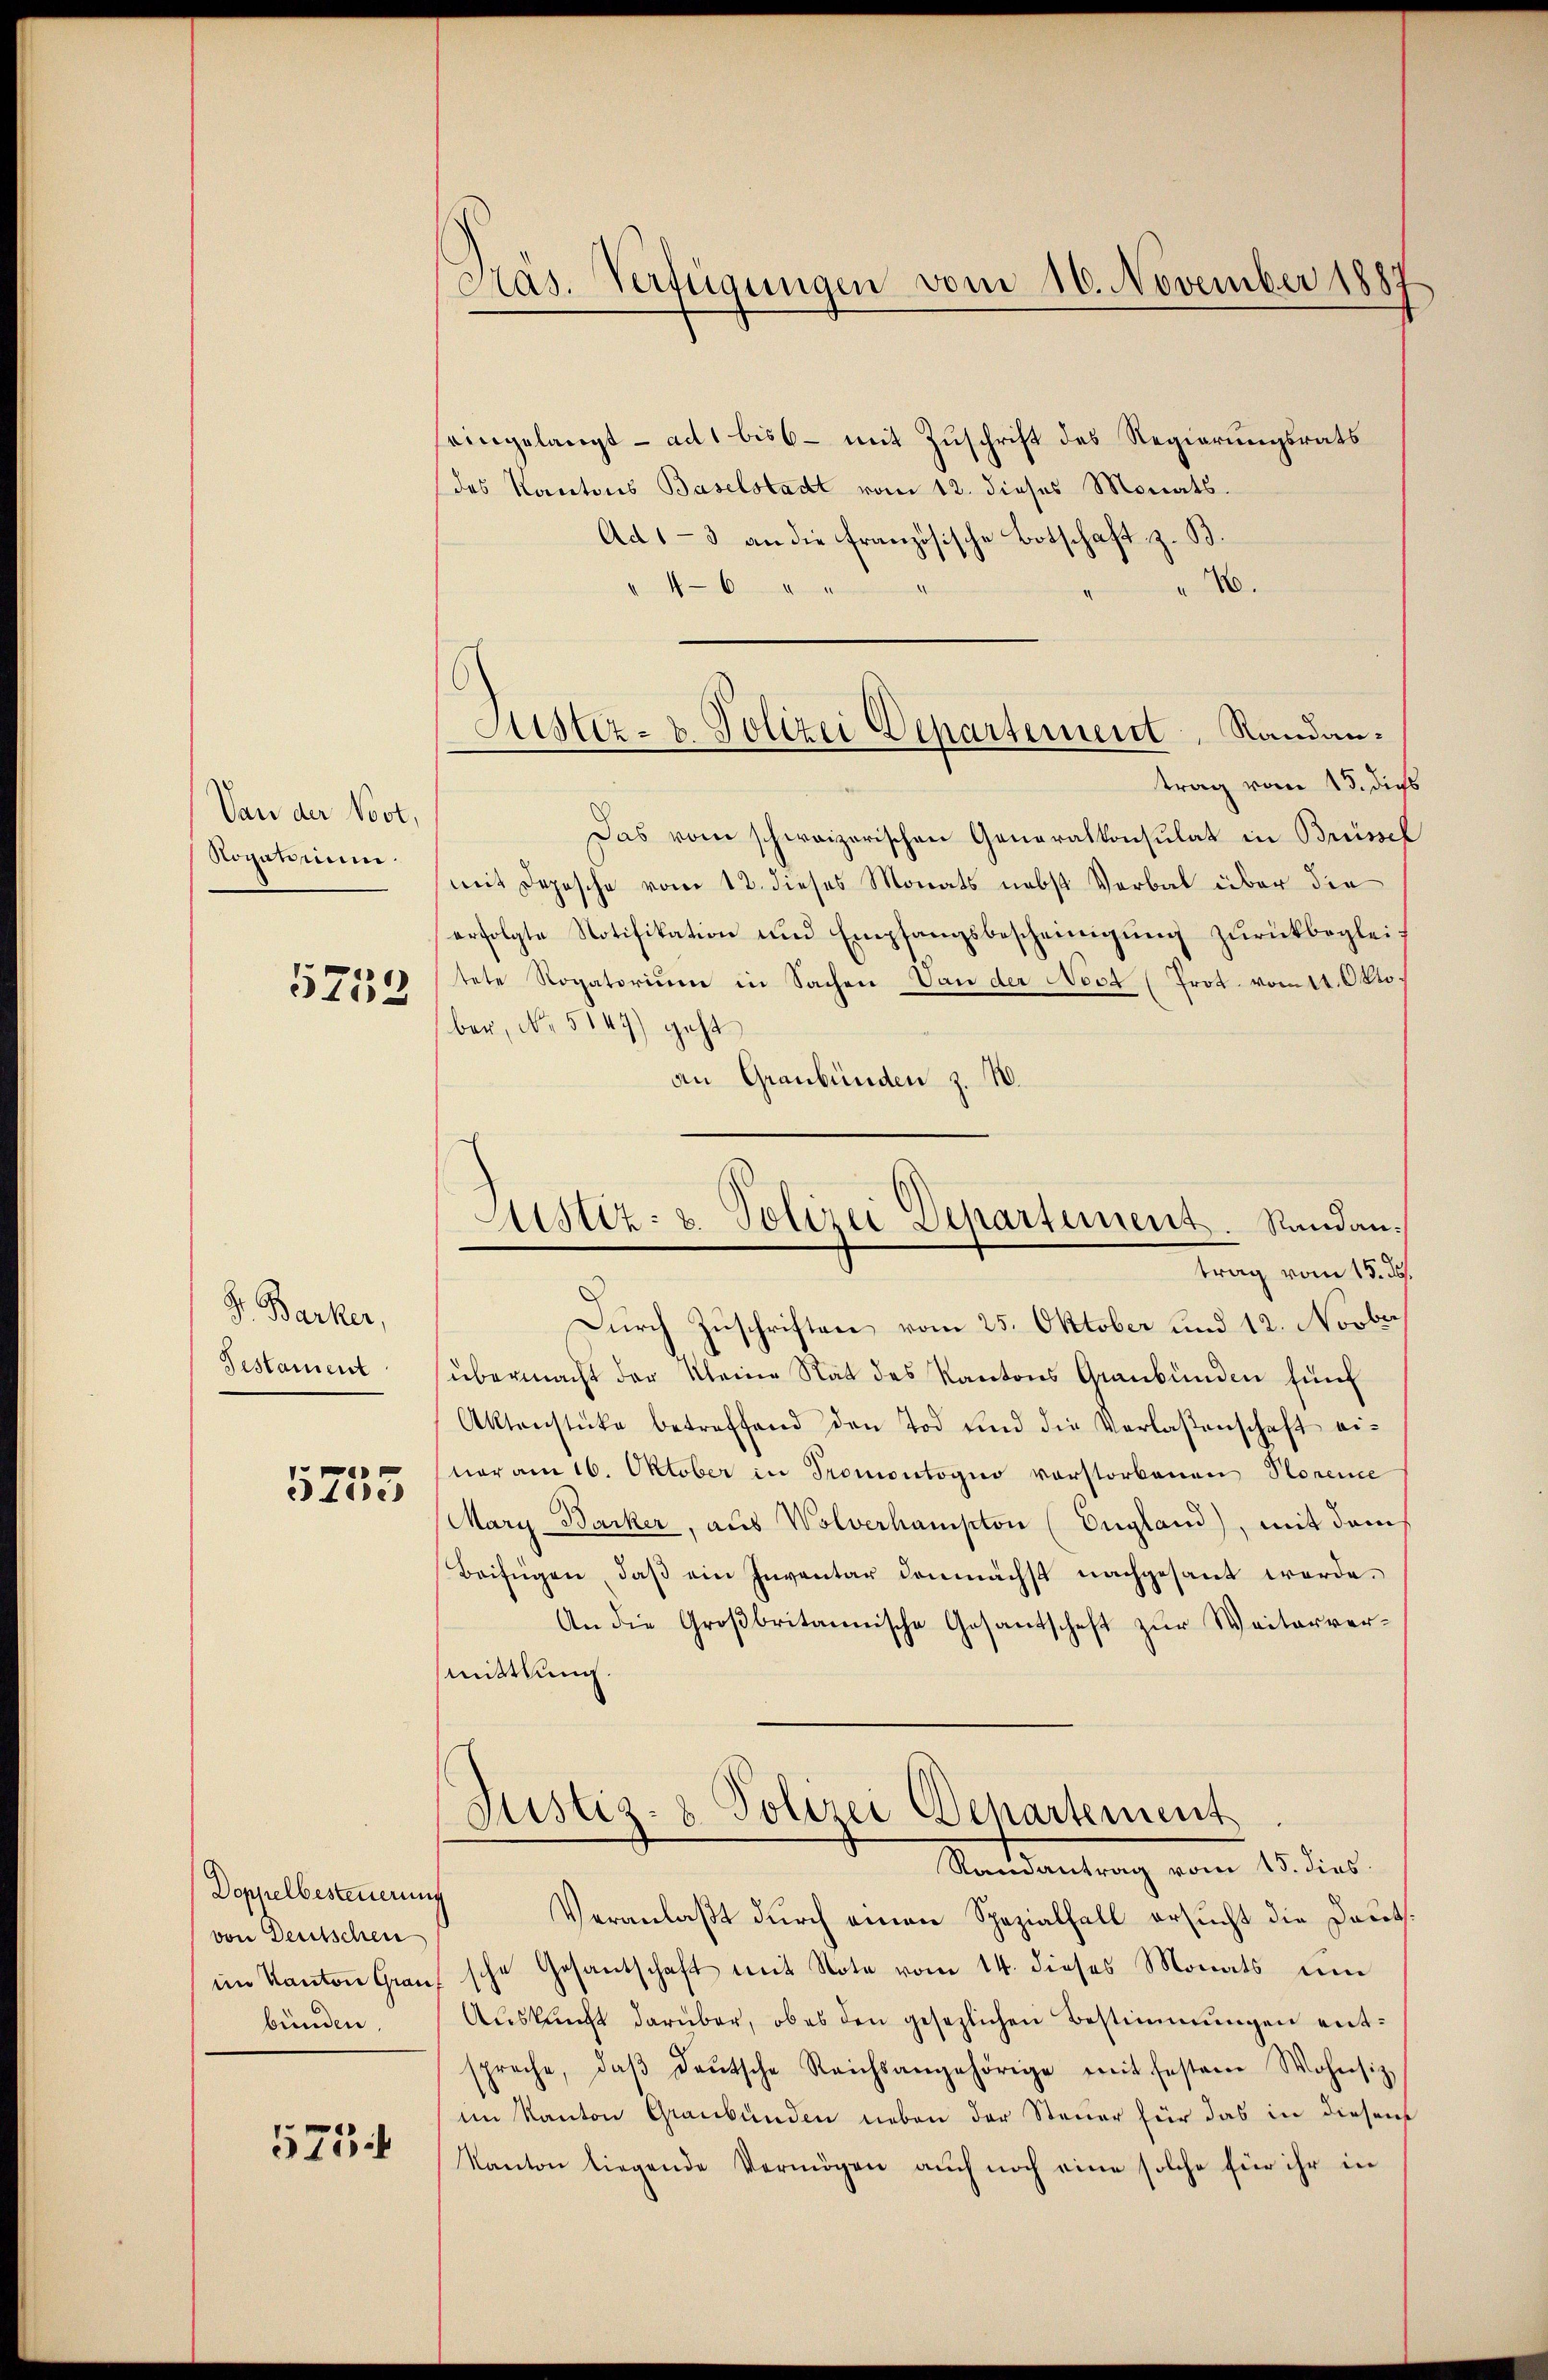
Von der Vort,
Rogatorium

5712

Dr. Barker,
Testament

P
0e

Doppelbesteuerung
von Deutschen
bunden.

5754

Präs. Verfügungen vom 16. November 1887

eingelangt - ad 1 bis 6 - mit Zuschrift des Regierungsrats
des Kantons Baselstadt vom 12. dieses Monats.
Ad 1-3 an die Französische Botschaft z. B.
76.
46
trag vom 15. dies
Das vom schweizerischen Generalkonsulat in Brüssel
mit Depesche vom 12. dieses Monats nebst Verbal über die
erfolgte Notifikation und Empfangsbescheinigung zurückbegleic
tete Rogatorium in Sachen Von der Noct (Prot. vom 11. Okto.
ber, No. 5147) geht
an Graubünden z. B.
Durch Zuschriften vom 25. Oktober und 12. Novber
übermacht der Kleine Rat des Kantons Graubünden fünf
Aktenstücke betreffend den Tod und die Verlaßenschaft ei-
ner am 16. Oktober in Promontogno vorstorbenen Storence
Mary Backer, aus Wolverhampton (England), mit dem
Beifügen, daß ein Inventar demnächst nachgesant werde.
An die Großbritannische Gesantschaft zur Weitervermittlung.
Justiz- & Polizei Departement
Ramantrag vom 15. dies
Veranlaßt durch einen Spezialfall ersucht die Deutsim Kanton Graŭssche Gesantschaft mit Note vom 14. dieses Monats ŭm
Aŭskŭnft darüber, ob es den gesezlichen Bestimmungen entspreche, daβ deŭtsche Reichsangehörige mit festen Wohnsiz
im Kanton Graubünden neben der Steuer für das in diesen
Kanton liegende Vermögen auch noch eine solche für ihr in

Sistiz- & Polizei Departement Randan¬

Astiz- & Polizei Departement. Randantrag vom 15. d.